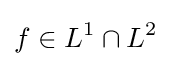
f\in L^{1}\cap L^{2}